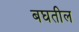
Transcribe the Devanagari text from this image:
बघतील